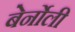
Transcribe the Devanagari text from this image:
बेर्नोली